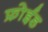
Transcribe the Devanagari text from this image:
फ्रोईड